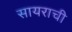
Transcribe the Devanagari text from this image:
सायराची